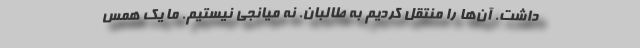
داشت. آن‌ها را منتقل کردیم به طالبان. نه میانجی نیستیم. ما یک همس